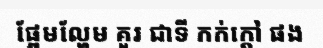
ផ្អែមល្ហែម គួរ ជាទី កក់ក្តៅ ផង